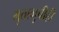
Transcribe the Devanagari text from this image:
मुतागुचीही